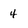
Character: 4